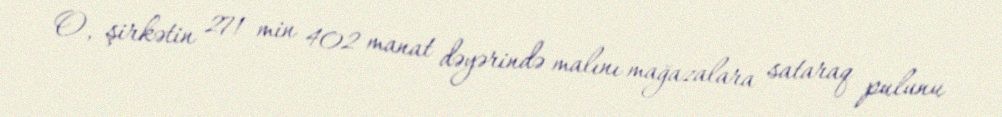
O, şirkətin 271 min 402 manat dəyərində malını mağazalara sataraq pulunu